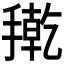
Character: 𭢇